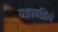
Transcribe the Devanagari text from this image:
यज्ञायज्ञियं